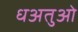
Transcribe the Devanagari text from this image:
धअतुओ